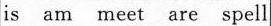
is am meet are spell